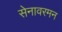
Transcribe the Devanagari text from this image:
सेनावरमन